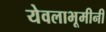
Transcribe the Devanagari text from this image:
येवलाभूमीनी